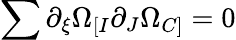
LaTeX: \sum{\partial_{\xi}\Omega_{[I}\partial_{J}\Omega_{C]}}=0